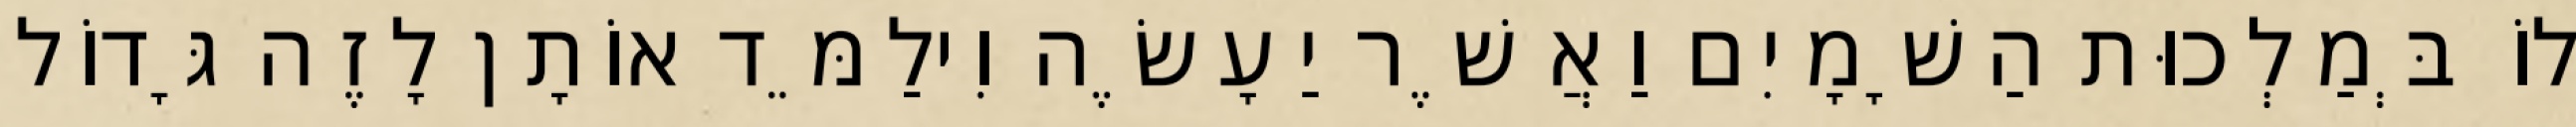
לוֹ בְּמַלְכוּת הַשָׁמָיִם וַאֲשֶׁר יַעָשֶׂה וִילַמֵּד אוֹתָן לָזֶה גָּדוֹל